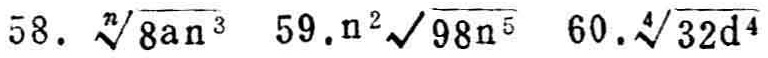
58. \(\sqrt[n]{8an^{3}}\) 59. \(n^{2}\sqrt{98n^{5}}\) 60. \(\sqrt[4]{32d^{4}}\)